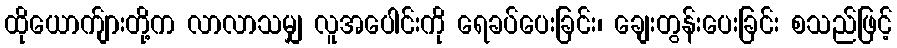
ထိုယောက်ျားတို့က လာလာသမျှ လူအပေါင်းကို ရေခပ်ပေးခြင်း၊ ချေးတွန်းပေးခြင်း စသည်ဖြင့်